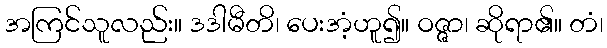
အကြင်သူလည်း။ ဒဒါမီတိ၊ ပေးအံ့ဟူ၍။ ဝဇ္ဇာ၊ ဆိုရာ၏။ တံ၊